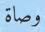
وصاة